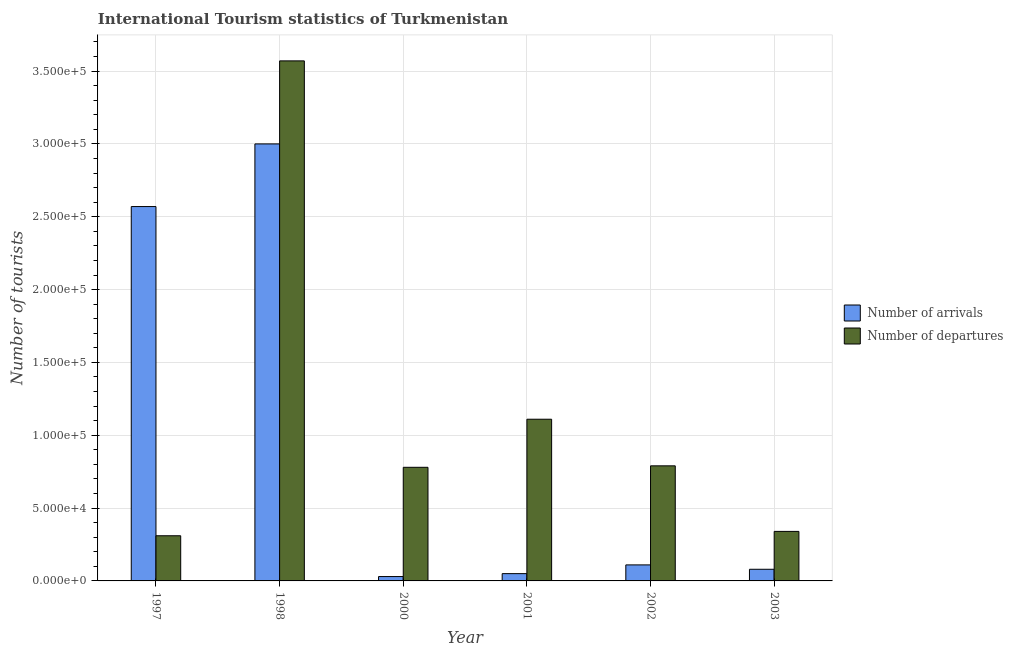
| Year | Number of arrivals | Number of departures |
 | --- | --- | --- |
 | 1997 | 2.57e+05 | 3.1e+04 |
 | 1998 | 3e+05 | 3.57e+05 |
 | 2000 | 3e+03 | 7.8e+04 |
 | 2001 | 5e+03 | 1.11e+05 |
 | 2002 | 1.1e+04 | 7.9e+04 |
 | 2003 | 8e+03 | 3.4e+04 |